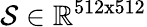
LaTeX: \mathcal{S}\in\mathbb{R}^{512\mathrm{x}512}